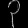
Digit: ၃